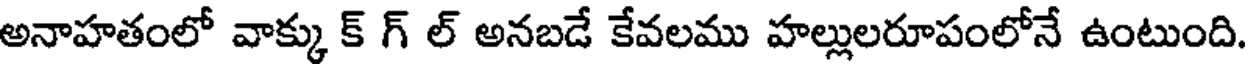
అనాహతంలో వాక్కు క్ గ్ ల్ అనబడే కేవలము హల్లులరూపంలోనే ఉంటుంది.